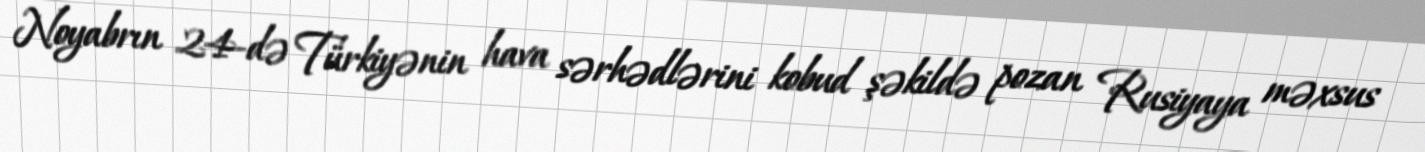
Noyabrın 24-də Türkiyənin hava sərhədlərini kobud şəkildə pozan Rusiyaya məxsus